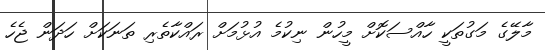
މާލޭގެ މަގުތަކީ ހާއްސަކޮށް މީހުން ނިކުމެ އުޅުމަށް ރައްކާތެރި ތަނަކަށް ހަދަން ޖެހެ